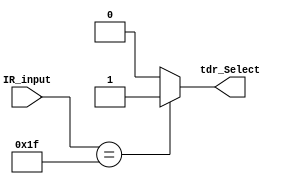
module IR_DECODER  (IR_input,tdr_Select);
parameter IR_Inputs = 5;

input [IR_Inputs-1:0] IR_input;
output reg tdr_Select;
always @(IR_input)
    begin
        case(IR_input)  
           5'b11111 : tdr_Select =1'b1;  
           default : tdr_Select = 1'h0;
        endcase
    end
endmodule